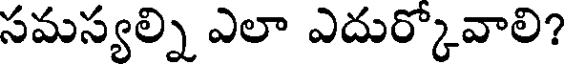
సమస్యల్ని ఎలా ఎదుర్కోవాలి?